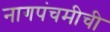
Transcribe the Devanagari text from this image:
नागपंचमीची